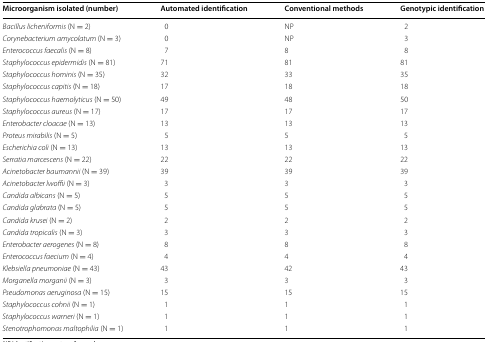
<table><thead><tr><td><b>Microorganism isolated (number)</b></td><td><b>Automated identification</b></td><td><b>Conventional methods</b></td><td><b>Genotypic identification</b></td></tr></thead><tbody><tr><td><i>Bacillus licheniformis</i> (N = 2)</td><td>0</td><td>NP</td><td>2</td></tr><tr><td><i>Corynebacterium amycolatum</i> (N = 3)</td><td>0</td><td>NP</td><td>3</td></tr><tr><td><i>Enterococcus faecalis</i> (N = 8)</td><td>7</td><td>8</td><td>8</td></tr><tr><td><i>Staphylococcus epidermidis</i> (N = 81)</td><td>71</td><td>81</td><td>81</td></tr><tr><td><i>Staphylococcus hominis</i> (N = 35)</td><td>32</td><td>33</td><td>35</td></tr><tr><td><i>Staphylococcus capitis</i> (N = 18)</td><td>17</td><td>18</td><td>18</td></tr><tr><td><i>Staphylococcus haemolyticus</i> (N = 50)</td><td>49</td><td>48</td><td>50</td></tr><tr><td><i>Staphylococcus aureus</i> (N = 17)</td><td>17</td><td>17</td><td>17</td></tr><tr><td><i>Enterobacter cloacae</i> (N = 13)</td><td>13</td><td>13</td><td>13</td></tr><tr><td><i>Proteus mirabilis</i> (N = 5)</td><td>5</td><td>5</td><td>5</td></tr><tr><td><i>Escherichia coli</i> (N = 13)</td><td>13</td><td>13</td><td>13</td></tr><tr><td><i>Serratia marcescens</i> (N = 22)</td><td>22</td><td>22</td><td>22</td></tr><tr><td><i>Acinetobacter baumannii</i> (N = 39)</td><td>39</td><td>39</td><td>39</td></tr><tr><td><i>Acinetobacter lwoffii</i> (N = 3)</td><td>3</td><td>3</td><td>3</td></tr><tr><td><i>Candida albicans</i> (N = 5)</td><td>5</td><td>5</td><td>5</td></tr><tr><td><i>Candida glabrata</i> (N = 5)</td><td>5</td><td>5</td><td>5</td></tr><tr><td><i>Candida krusei</i> (N = 2)</td><td>2</td><td>2</td><td>2</td></tr><tr><td><i>Candida tropicalis</i> (N = 3)</td><td>3</td><td>3</td><td>3</td></tr><tr><td><i>Enterobacter aerogenes</i> (N = 8)</td><td>8</td><td>8</td><td>8</td></tr><tr><td><i>Enterococcus faecium</i> (N = 4)</td><td>4</td><td>4</td><td>4</td></tr><tr><td><i>Klebsiella pneumoniae</i> (N = 43)</td><td>43</td><td>42</td><td>43</td></tr><tr><td><i>Morganella morganii</i> (N = 3)</td><td>3</td><td>3</td><td>3</td></tr><tr><td><i>Pseudomonas aeruginosa</i> (N = 15)</td><td>15</td><td>15</td><td>15</td></tr><tr><td><i>Staphylococcus cohnii</i> (N = 1)</td><td>1</td><td>1</td><td>1</td></tr><tr><td><i>Staphylococcus warneri</i> (N = 1)</td><td>1</td><td>1</td><td>1</td></tr><tr><td><i>Stenotrophomonas maltophilia</i> (N = 1)</td><td>1</td><td>1</td><td>1</td></tr></tbody></table>